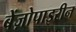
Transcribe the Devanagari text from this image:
बेंज़ोपाइरीन